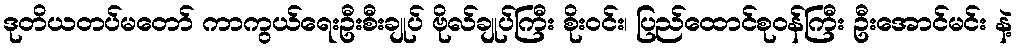
ဒုတိယတပ်မတော် ကာကွယ်ရေးဦးစီးချုပ် ဗိုလ်ချုပ်ကြီး စိုးဝင်း၊ ပြည်ထောင်စုဝန်ကြီး ဦးအောင်မင်း နဲ့